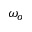
\omega _ { o }